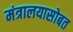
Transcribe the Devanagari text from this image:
मंत्रालयासोबत